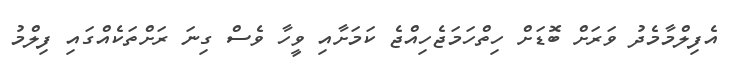
އެފިލްމާމެދު ވަރަށް ބޮޑަށް ހިތްހަމަޖެހިއްޖެ ކަމަށާއި ވީހާ ވެސް ގިނަ ރަށްތަކެއްގައި ފިލްމު